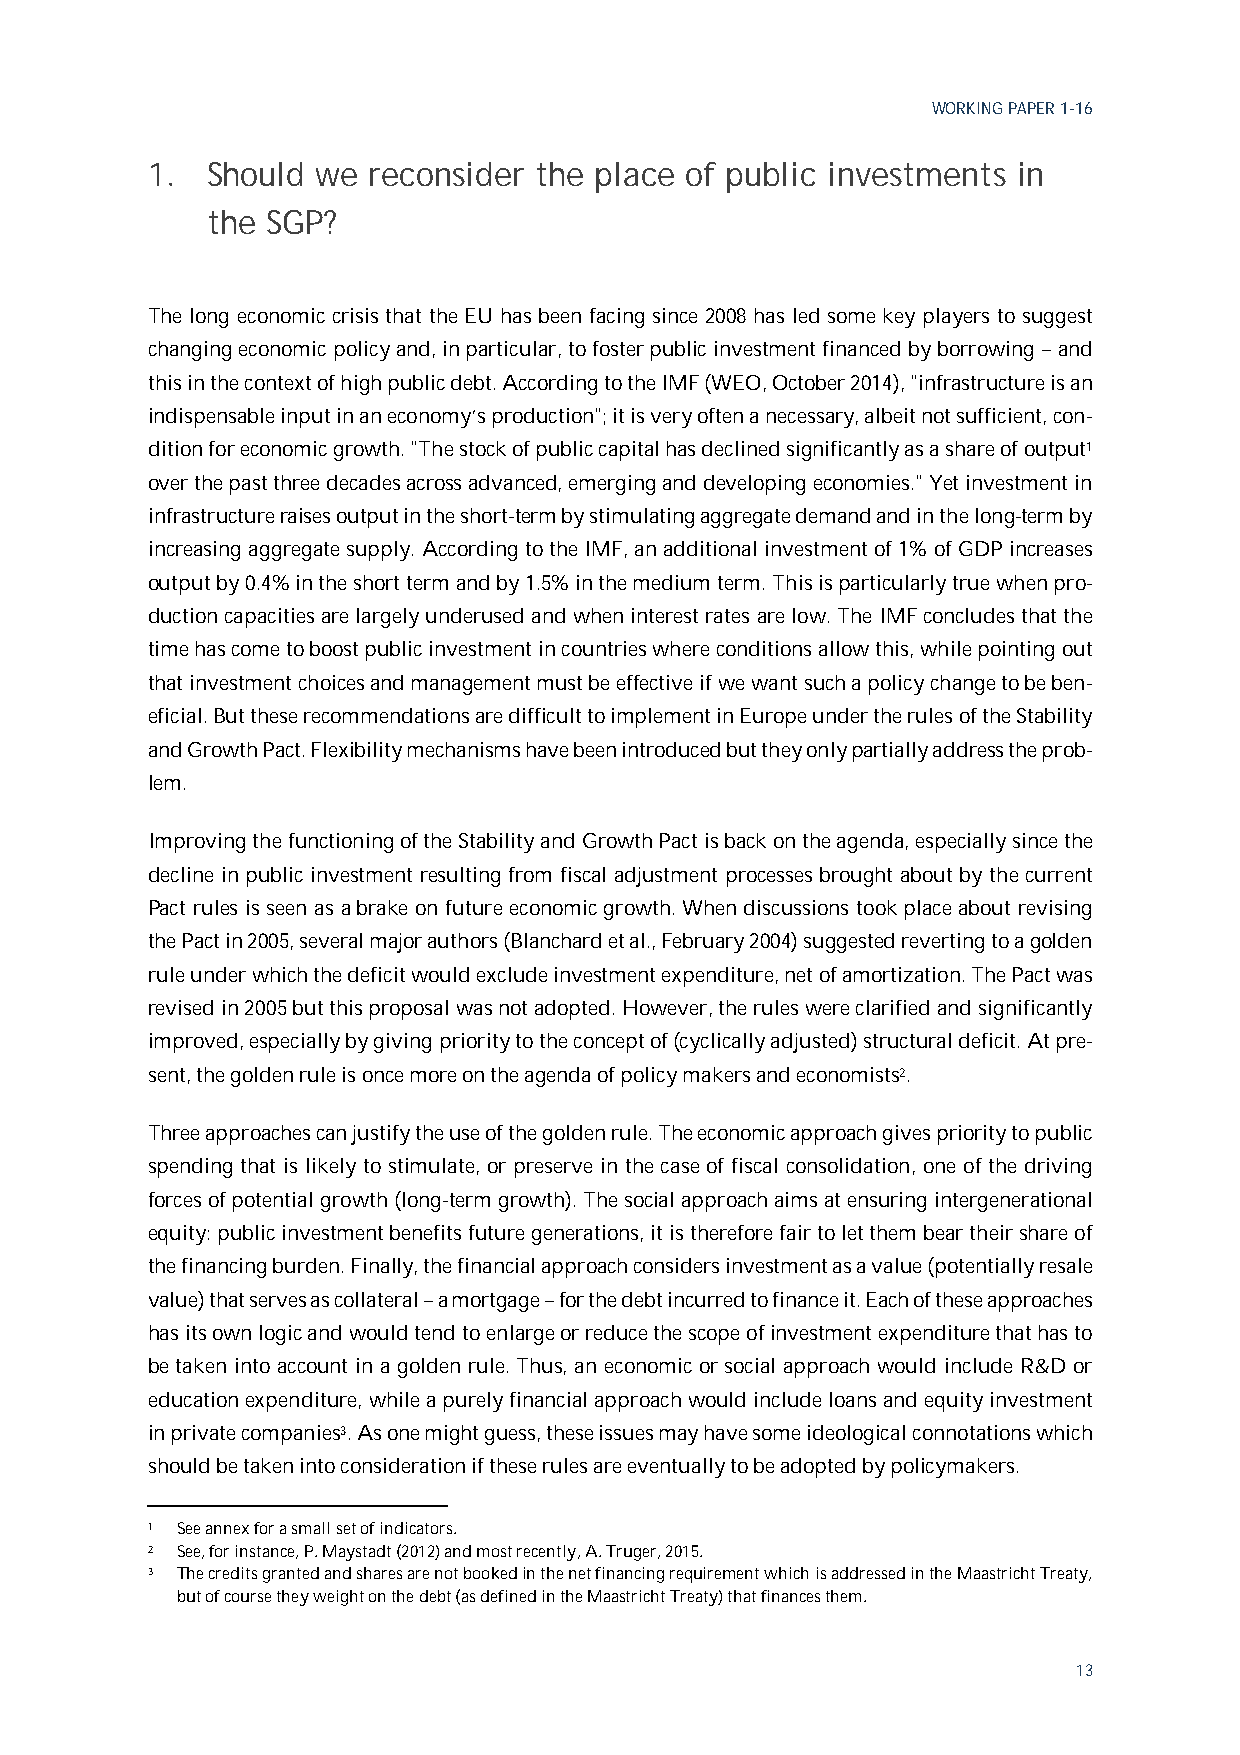
WORKING PAPER 1-16
 1.  Should we reconsider the place of public investments in
 the SGP?
 The long economic crisis that the EU has been facing since 2008 has led some key players to suggest
 changing economic policy and, in particular, to foster public investment financed by borrowing – and
 this in the context of high public debt. According to the IMF (WEO, October 2014), "infrastructure is an
 indispensable input in an economy’s production"; it is very often a necessary, albeit not sufficient, con-
 dition for economic growth. "The stock of public capital has declined significantly as a share of output1
 over the past three decades across advanced, emerging and developing economies." Yet investment in
 infrastructure raises output in the short-term by stimulating aggregate demand and in the long-term by
 increasing aggregate supply. According to the IMF, an additional investment of 1% of GDP increases
 output by 0.4% in the short term and by 1.5% in the medium term. This is particularly true when pro-
 duction capacities are largely underused and when interest rates are low. The IMF concludes that the
 time has come to boost public investment in countries where conditions allow this, while pointing out
 that investment choices and management must be effective if we want such a policy change to be ben-
 eficial. But these recommendations are difficult to implement in Europe under the rules of the Stability
 and Growth Pact. Flexibility mechanisms have been introduced but they only partially address the prob-
 lem.
 Improving the functioning of the Stability and Growth Pact is back on the agenda, especially since the
 decline in public investment resulting from fiscal adjustment processes brought about by the current
 Pact rules is seen as a brake on future economic growth. When discussions took place about revising
 the Pact in 2005, several major authors (Blanchard et al., February 2004) suggested reverting to a golden
 rule under which the deficit would exclude investment expenditure, net of amortization. The Pact was
 revised in 2005 but this proposal was not adopted. However, the rules were clarified and significantly
 improved, especially by giving priority to the concept of (cyclically adjusted) structural deficit. At pre-
 sent, the golden rule is once more on the agenda of policy makers and economists2.
 Three approaches can justify the use of the golden rule. The economic approach gives priority to public
 spending that is likely to stimulate, or preserve in the case of fiscal consolidation, one of the driving
 forces of potential growth (long-term growth). The social approach aims at ensuring intergenerational
 equity: public investment benefits future generations, it is therefore fair to let them bear their share of
 the financing burden. Finally, the financial approach considers investment as a value (potentially resale
 value) that serves as collateral – a mortgage – for the debt incurred to finance it. Each of these approaches
 has its own logic and would tend to enlarge or reduce the scope of investment expenditure that has to
 be taken into account in a golden rule. Thus, an economic or social approach would include R&D or
 education expenditure, while a purely financial approach would include loans and equity investment
 in private companies3. As one might guess, these issues may have some ideological connotations which
 should be taken into consideration if these rules are eventually to be adopted by policymakers.
 1 See annex for a small set of indicators.
 2 See, for instance, P. Maystadt (2012) and most recently, A. Truger, 2015.
 3 The credits granted and shares are not booked in the net financing requirement which is addressed in the Maastricht Treaty,
 but of course they weight on the debt (as defined in the Maastricht Treaty) that finances them.
 13